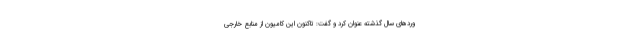
وردهای سال گذشته عنوان کرد و گفت: تاکنون این کامیون از منابع خارجی